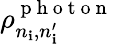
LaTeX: \rho_{n_{\mathbf{i}},n_{\mathbf{i}}^{\prime}}^{\mathrm{{~p~h~o~t~o~n~}}}